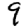
Digit: 9